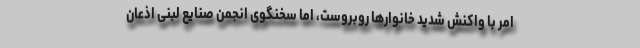
امر با واکنش شدید خانوارها روبروست، اما سخنگوی انجمن صنایع لبنی اذعان